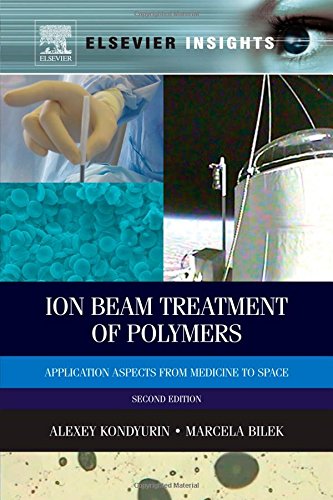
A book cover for Ion Beam Treatment of Polymers, Second Edition: Application Aspects from Medicine to Space; Alexey Kondyurin; Science & Math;